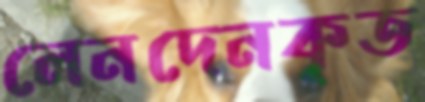
লেনদেনকৃত